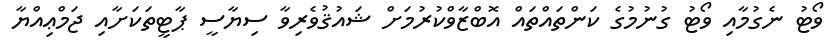
ވޯޓު ނެގުމާއި ވޯޓު ގުނުމުގެ ކަންތައްތައް އޮބްޒާވްކުރުމަށް ޝައުޤުވެރިވާ ސިޔާސީ ޕާޓީތަކަށާއި ޖަމްޢިއްޔާ